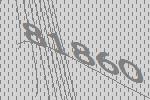
81860